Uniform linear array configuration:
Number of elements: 32
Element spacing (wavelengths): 1
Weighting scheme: uniform
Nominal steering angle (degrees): -45
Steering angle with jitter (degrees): -44.222
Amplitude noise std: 0.05
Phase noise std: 0.05

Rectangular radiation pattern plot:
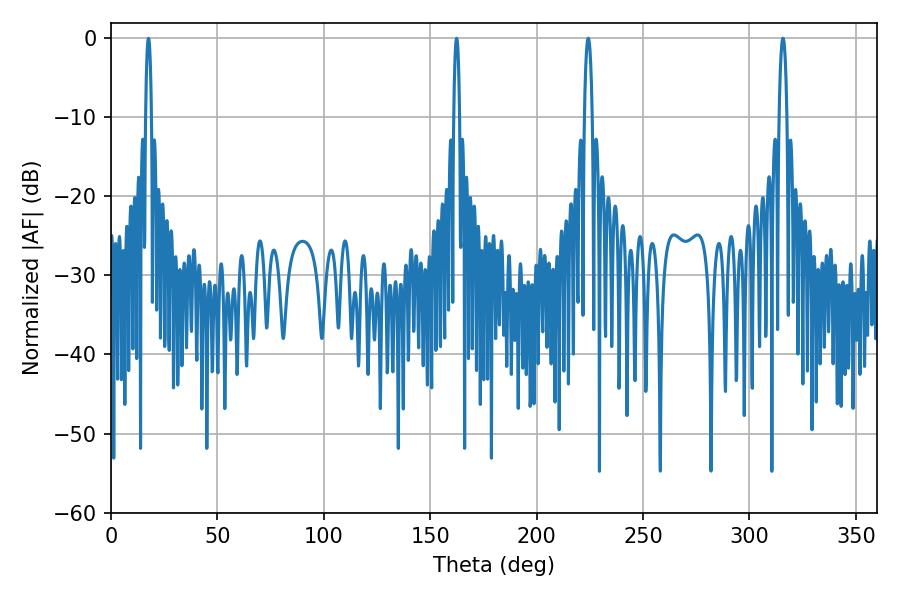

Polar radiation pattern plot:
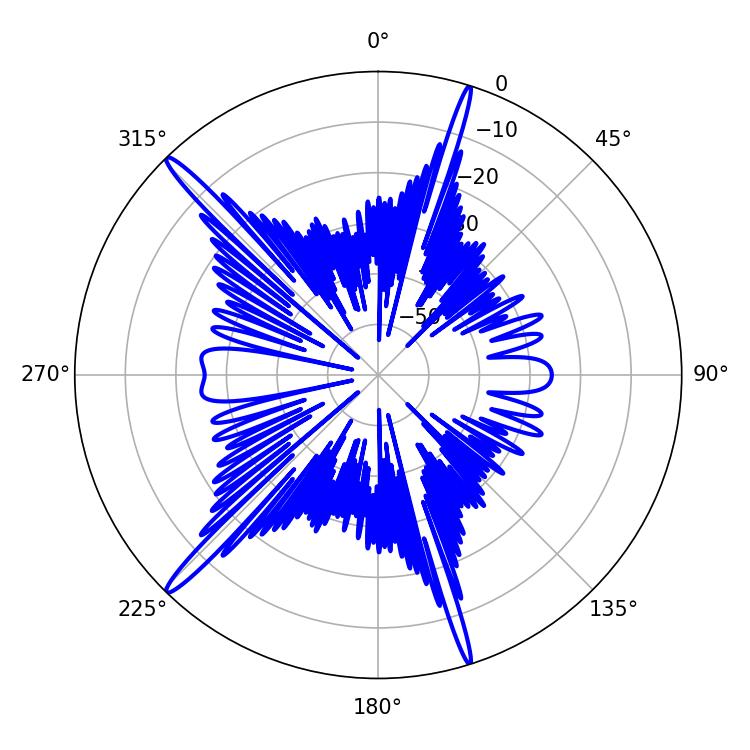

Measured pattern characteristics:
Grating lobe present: TRUE
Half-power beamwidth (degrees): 1.98
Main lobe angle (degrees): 315.72